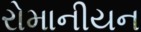
રોમાનીયન